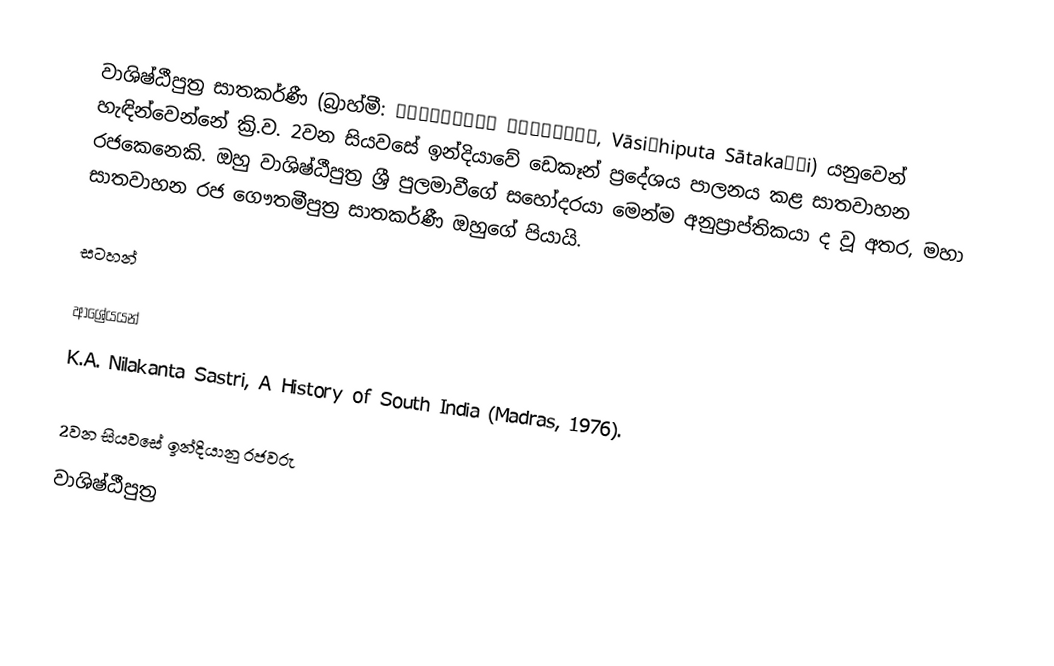
වාශිෂ්ඨීපුත්‍ර සාතකර්ණී (බ්‍රාහ්මී: 𑀯𑀸𑀲𑀺𑀣𑀺𑀧𑀼𑀢 𑀲𑀸𑀢𑀓𑀁𑀁𑀡𑀺, Vāsiṭhiputa Sātakaṃṇi) යනුවෙන් හැඳින්වෙන්නේ ක්‍රි.ව. 2වන සියවසේ ඉන්දියාවේ ඩෙකෑන් ප්‍රදේශය පාලනය කළ සාතවාහන රජකෙනෙකි. ඔහු වාශිෂ්ඨීපුත්‍ර ශ්‍රී පුලමාවීගේ සහෝදරයා මෙන්ම අනුප්‍රාප්තිකයා ද වූ අතර, මහා සාතවාහන රජ ගෞතමීපුත්‍ර සාතකර්ණී ඔහුගේ පියායි.

සටහන්

ආශ්‍රේයයන්
 K.A. Nilakanta Sastri, A History of South India  (Madras, 1976).

2වන සියවසේ ඉන්දියානු රජවරු
වාශිෂ්ඨීපුත්‍ර